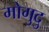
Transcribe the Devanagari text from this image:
मोगुदु